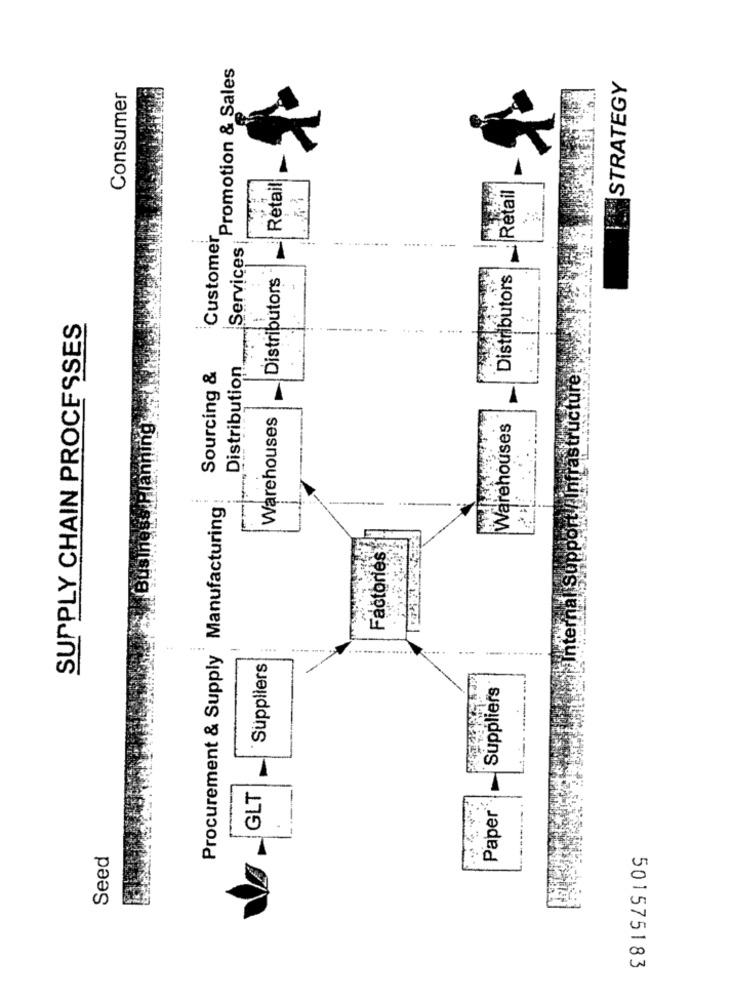
Custome Promotion & Sales
STRATEGY
Consumer
Retail
:Retail
Services
-------
Distributors
Distributors
-
SUPPLY CHAIN PROCESSES
Sourcing &
Distribution
infrastructure
Warehouses
Warehouses
Rlanni
Procurement & Supply Manufacturing
Factories
Sup
a Internal
-
---.. ..
Suppliers
Suppliers
GLT
Paper
Seed
501575183